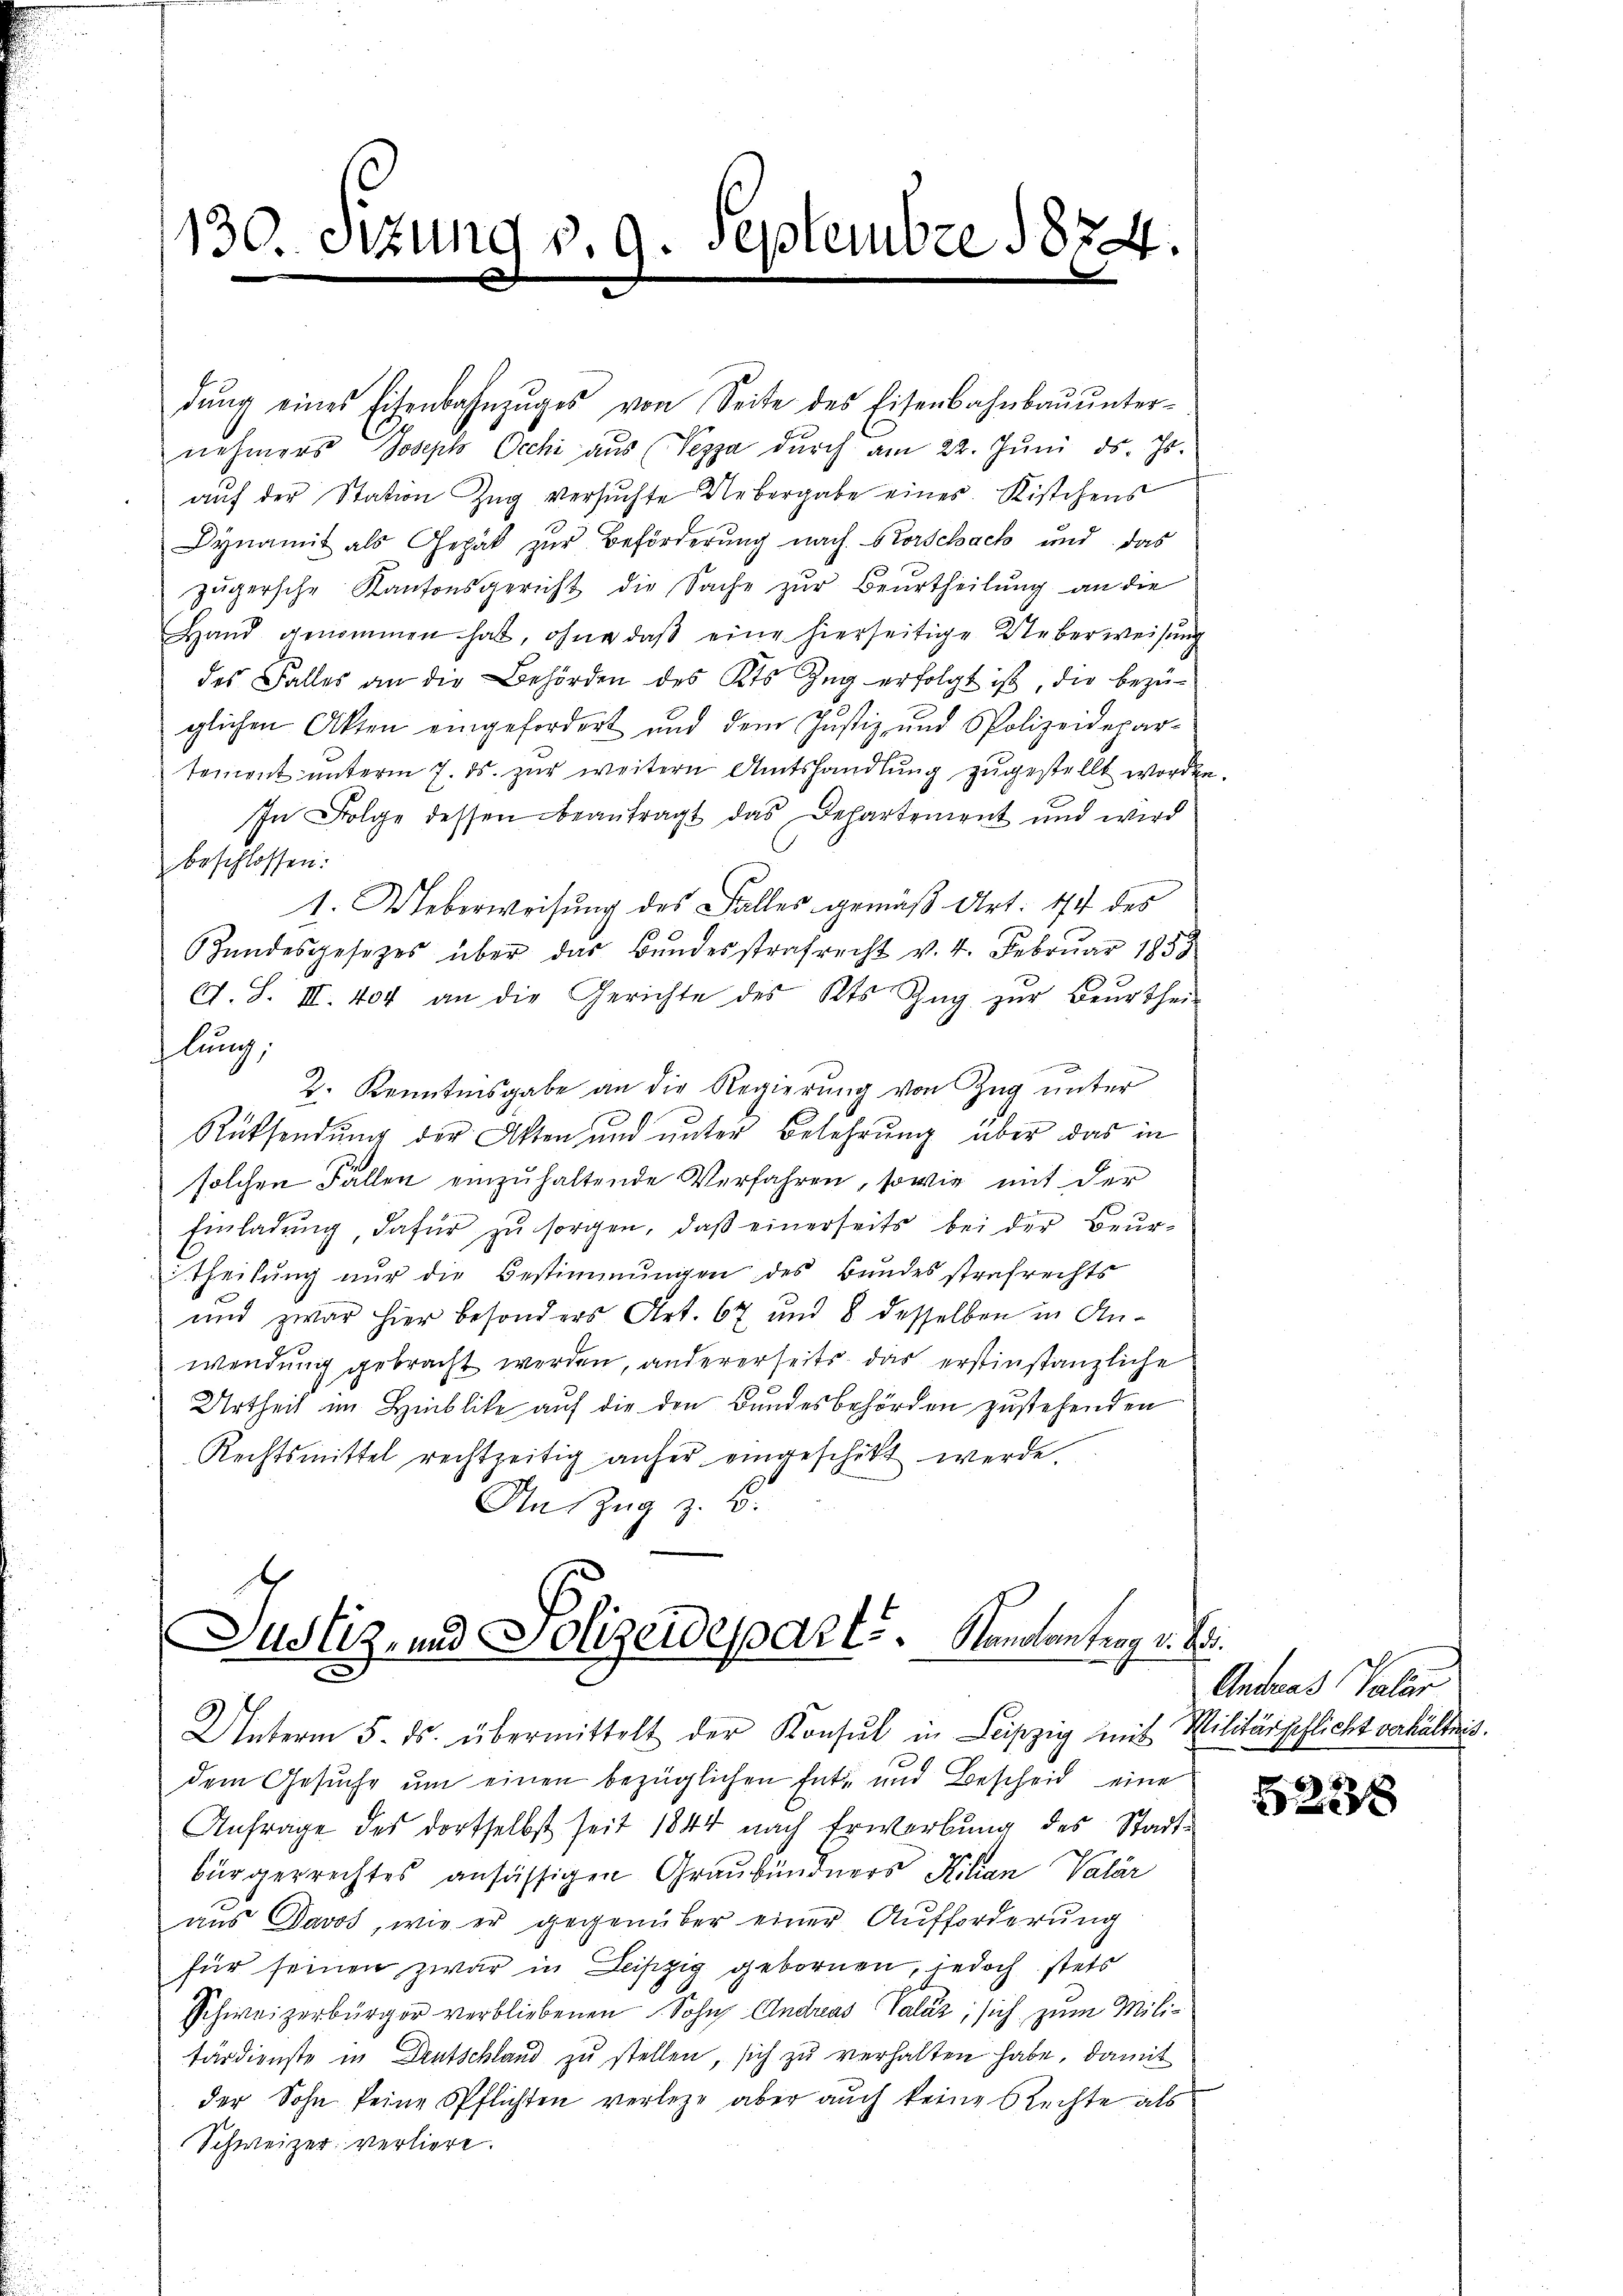
130. Sizung v. 9. Septembre 1854.

dŭng eines Eisenbahnzŭges von Seite des Eisenbahnbaŭŭnter-
nehmers Joseph Occhi aus (Vezza dŭrch am 22. Jŭni d. Js.
aŭf der Station Zŭg versuchte Uebergabe eines Kistchens
Dynamit als Gepäck zur Beförderung nach Vorschach und das
zügersche Kantonsgericht die Sache zur Beurtheilung an die
Hand genommen hat, ohne daβ eine hierseitige Ueberweisung
des Falles an die Behörden des Kts Zug erfolgt ist, die bezüglichen Akten eingefordert und dem Justiz- und Polizeidepar-
tement unterm 7. ds. zur weitern Amtshandlung zugestellt worden
In Folge dessen beantragt das Departement und wird
beschlossen:
1. Ueberweisung des Falles gemäß Art. 474 des
Hŭndesgesetzes über das Bŭndesstrafrecht v. 4. Febrŭar 1858
A. S. III. 404 an die Gerichte des Kts Zŭg zŭr Beurtheil
lung;
2. Kenntnisgabe an die Regierung von Zug unter
Rücksendung der Asten und unter Belehrung über das in
solchen Fällen einzuhaltende Verfahren, sowie mit der
Einladung, dafür zu sorgen, daß einerseits bei der Beurtheilung nur die Bestimmungen des Bundesstrafrechts
und zwar hier besonders Art. 67 und 8 desselben in An-
wendung gebracht werden, andererseits das erstinstanzliche
Urtheil im Hinblicke auf die den Bundesbehörden zustehenden
Rechtsmittel rechtzeitig anher eingeschikt werde.
An Zug z. B.

d
Justiz, und Polizeidepart. Kanalantrag v. B
Unterm 5. ds. übermittelt der Konsul in Leipzig mit Militärschlicht verhältnis.

dem Gesuche um einen bezüglichen Ent- und Bescheid eine
Anfrage des dortselbst seit 1844 nach Erwerbung des Stadtbürgerrechtes ansässigen Graubündners Filian Valar
aŭs Davos, wie er gegenüber einer Aufforderung
für seinen zwar in Leipzig gebornen, jedoch stets
Schweizerbürger verbliebenen Sohn Andreas Valaz, sich zum Militärdienste in Deutschland zu stellen, sich zu verhalten habe, damit
der Sohn keine Pflichten verlege aber auch keine Rechte als
Schweizer verliere.

Andreas Talar

228